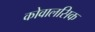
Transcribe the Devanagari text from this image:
कोवालसिक